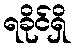
ရခိုင်ရှိ